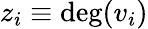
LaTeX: z_{i}\equiv\deg(v_{i})